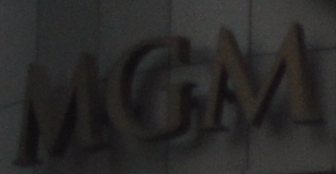
MGM